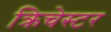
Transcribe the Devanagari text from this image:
क्रिचेस्टर